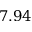
7 . 9 4